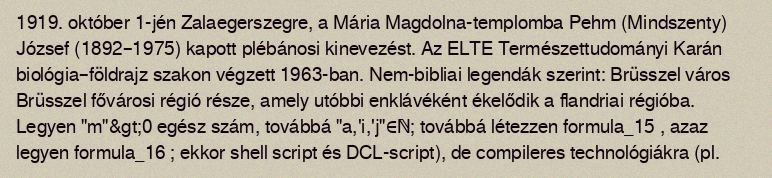
1919. október 1-jén Zalaegerszegre, a Mária Magdolna-templomba Pehm (Mindszenty) József (1892–1975) kapott plébánosi kinevezést. Az ELTE Természettudományi Karán biológia–földrajz szakon végzett 1963-ban. Nem-bibliai legendák szerint: Brüsszel város Brüsszel fővárosi régió része, amely utóbbi enklávéként ékelődik a flandriai régióba. Legyen "m"&gt;0 egész szám, továbbá "a,'i,'j"∈ℕ; továbbá létezzen formula_15 , azaz legyen formula_16 ; ekkor shell script és DCL-script), de compileres technológiákra (pl.